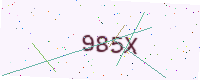
Text: 985X